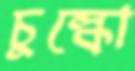
চুল্‌কো